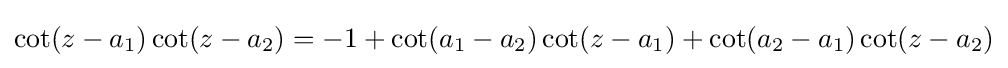
\cot(z-a_{1})\cot(z-a_{2})=-1+\cot(a_{1}-a_{2})\cot(z-a_{1})+\cot(a_{2}-a_{1})\cot(z-a_{2})